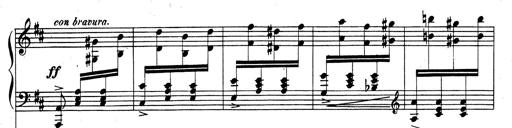
Title: Rhapsodie espagnole
Composer: Franz Liszt